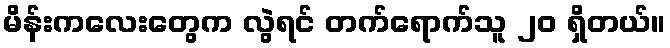
မိန်းကလေးတွေက လွဲရင် တက်ရောက်သူ ၂၀ ရှိတယ်။